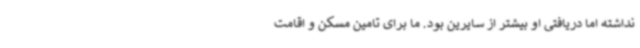
نداشته اما دریافتی او بیشتر از سایرین بود. ما برای تامین مسکن و اقامت